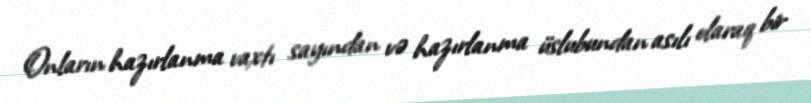
Onların hazırlanma vaxtı sayından və hazırlanma üslubundan asılı olaraq bir